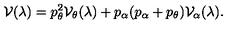
{ \cal V } ( \lambda ) = p _ { \theta } ^ { 2 } { \cal V } _ { \theta } ( \lambda ) + p _ { \alpha } ( p _ { \alpha } + p _ { \theta } ) { \cal V } _ { \alpha } ( \lambda ) .